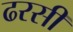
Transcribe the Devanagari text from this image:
ढरसी